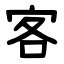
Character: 客